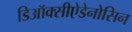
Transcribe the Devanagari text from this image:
डिऑक्सीऐडेनोसिन